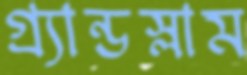
গ্র্যান্ডস্লাম